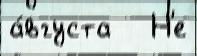
а́вгуста   Н'е